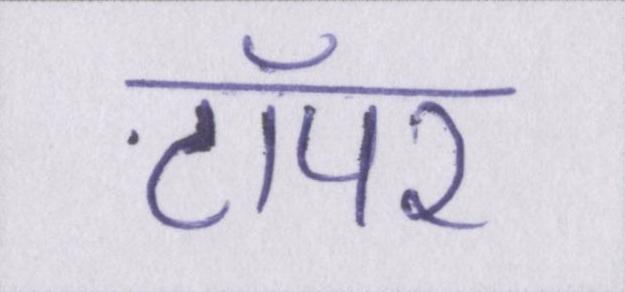
टॉपर